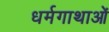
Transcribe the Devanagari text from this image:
धर्मगाथाओं